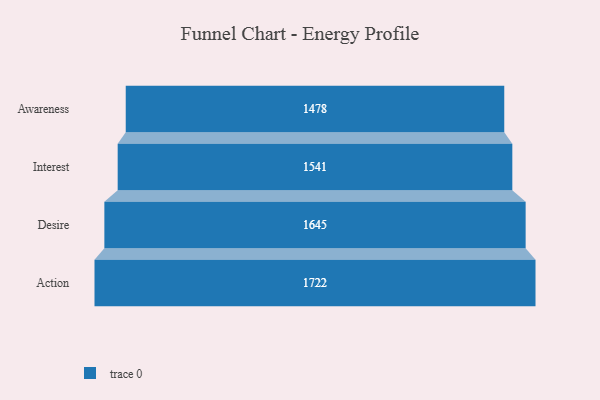
{"axis": {"x": "Stage", "y": "Value"}, "legend": [""], "data": [{"x": "Awareness", "y": 1478.0, "type": ""}, {"x": "Interest", "y": 1541.0, "type": ""}, {"x": "Desire", "y": 1645.0, "type": ""}, {"x": "Action", "y": 1722.0, "type": ""}]}